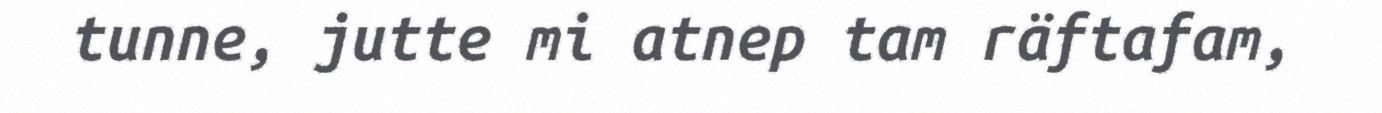
tunne, jutte mi atnep tam räftafam,